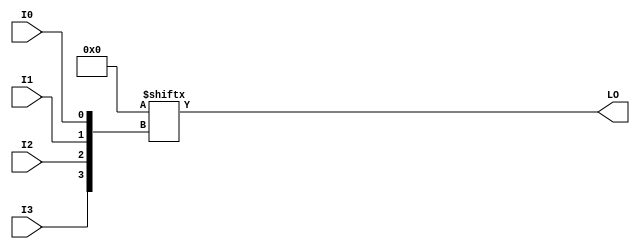
// $Header: /devl/xcs/repo/env/Databases/CAEInterfaces/verunilibs/data/unisims/LUT4_L.v,v 1.6.158.1 2007/03/09 18:13:09 patrickp Exp $
///////////////////////////////////////////////////////////////////////////////
// Copyright (c) 1995/2004 Xilinx, Inc.
// All Right Reserved.
///////////////////////////////////////////////////////////////////////////////
//   ____  ____
//  /   /\/   /
// /___/  \  /    Vendor : Xilinx
// \   \   \/     Version : 8.1i (I.13)
//  \   \         Description : Xilinx Functional Simulation Library Component
//  /   /                  4-input Look-Up-Table with Local Output
// /___/   /\     Filename : LUT4_L.v
// \   \  /  \    Timestamp : Thu Mar 25 16:42:54 PST 2004
//  \___\/\___\
//
// Revision:
//    03/23/04 - Initial version.
//    02/04/05 - Rev 0.0.1 Replace premitive with function; Remove buf.
// End Revision

`timescale  100 ps / 10 ps


module LUT4_L (LO, I0, I1, I2, I3);

  parameter INIT = 16'h0000;

  input I0, I1, I2, I3;

  output LO;

  reg LO;
  reg tmp;

  always @(  I3 or  I2 or  I1 or  I0 )  begin
 
    tmp =  I0 ^ I1  ^ I2 ^ I3;

    if ( tmp == 0 || tmp == 1)

        LO = INIT[{I3, I2, I1, I0}];

    else 
    
      LO =  lut4_mux4 ( {lut4_mux4 ( INIT[15:12], {I1, I0}),
                          lut4_mux4 ( INIT[11:8], {I1, I0}),
                          lut4_mux4 ( INIT[7:4], {I1, I0}),
                          lut4_mux4 ( INIT[3:0], {I1, I0}) }, {I3, I2});
  end

  function lut4_mux4;
  input [3:0] d;
  input [1:0] s;
   
  begin

       if ((s[1]^s[0] ==1) || (s[1]^s[0] ==0))
           
           lut4_mux4 = d[s];

         else if ((d[0] === d[1]) && (d[2] === d[3]) && (d[0] === d[2])) 
           lut4_mux4 = d[0];
         else if ((s[1] == 0) && (d[0] === d[1]))
           lut4_mux4 = d[0];
         else if ((s[1] == 1) && (d[2] === d[3])) 
           lut4_mux4 = d[2];
         else if ((s[0] == 0) && (d[0] === d[2])) 
           lut4_mux4 = d[0];
         else if ((s[0] == 1) && (d[1] === d[3]))
           lut4_mux4 = d[1];
         else
           lut4_mux4 = 1'bx;
   end
  endfunction

endmodule